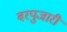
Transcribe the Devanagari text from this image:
बरपुजारी